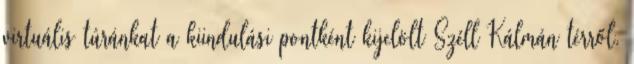
virtuális túránkat a kiindulási pontként kijelölt Széll Kálmán térről.